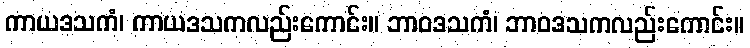
ကာယဒသကံ၊ ကာယဒသကလည်းကောင်း။ ဘာဝဒသကံ၊ ဘာဝဒသကလည်းကောင်း။